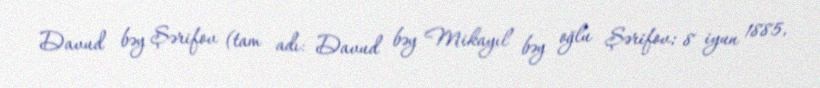
Davud bəy Şərifov (tam adı: Davud bəy Mikayıl bəy oğlu Şərifov; 8 iyun 1885,